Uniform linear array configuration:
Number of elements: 48
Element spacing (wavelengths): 0.25
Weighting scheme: kaiser
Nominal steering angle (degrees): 45
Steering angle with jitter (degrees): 43.385
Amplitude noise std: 0.05
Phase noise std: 0.05

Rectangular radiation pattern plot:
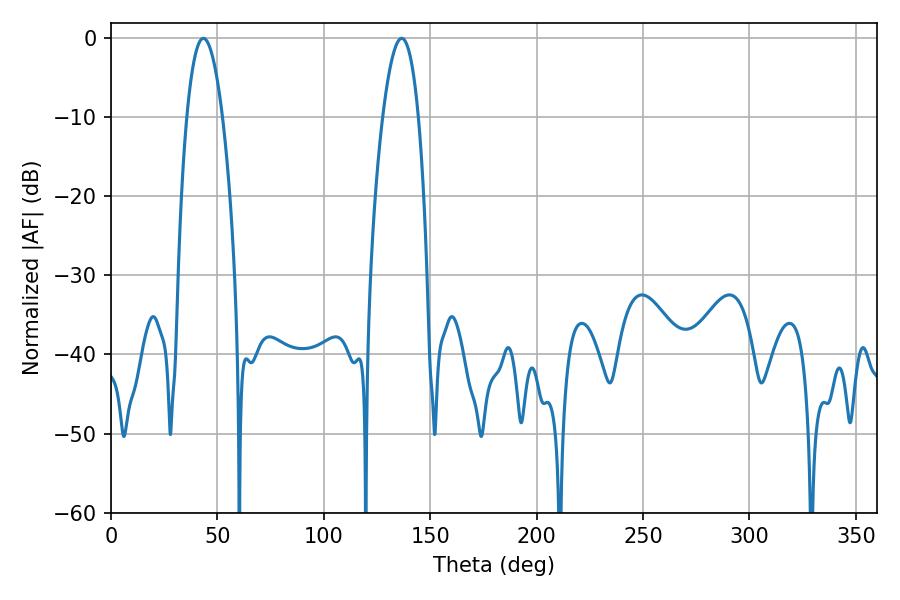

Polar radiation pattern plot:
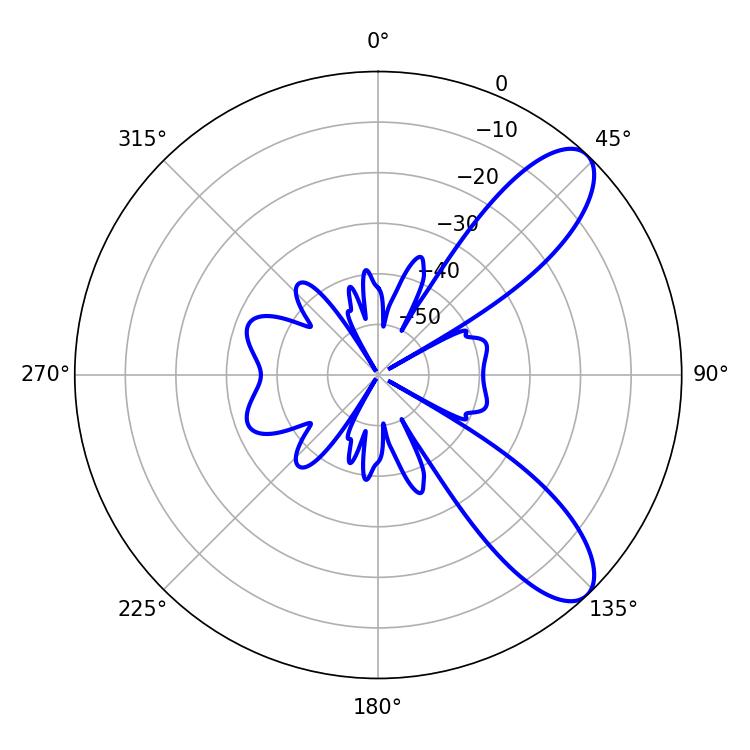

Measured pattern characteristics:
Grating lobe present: FALSE
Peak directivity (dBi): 9.232
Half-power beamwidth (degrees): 9.36
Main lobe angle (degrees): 43.38